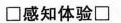
\Box 感知体验 \Box